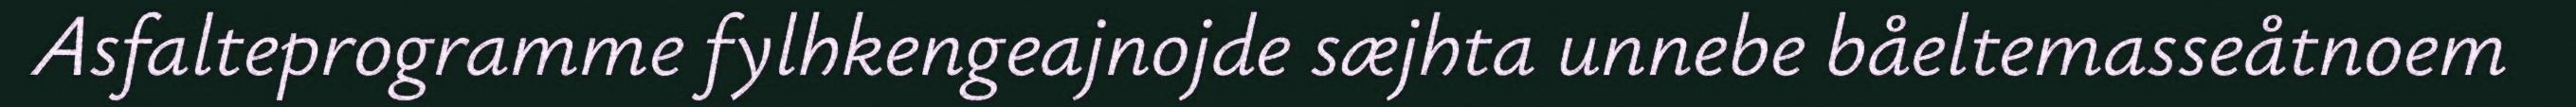
Asfalteprogramme fylhkengeajnojde sæjhta unnebe båeltemasseåtnoem